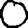
Digit: 0